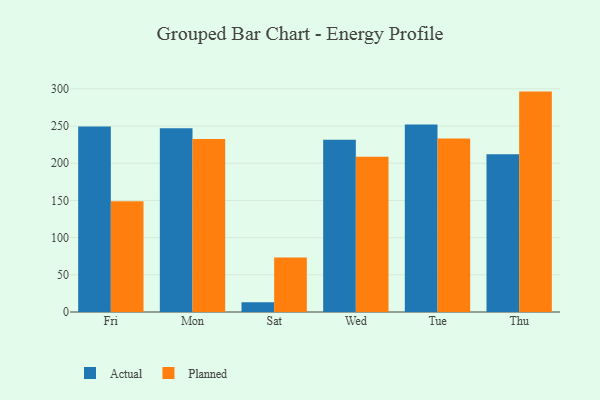
{"axis": {"x": "Day", "y": "Market Share (%)"}, "legend": ["Actual", "Planned"], "data": [{"x": "Fri", "y": 249.3, "type": "Actual"}, {"x": "Fri", "y": 148.9, "type": "Planned"}, {"x": "Mon", "y": 247.2, "type": "Actual"}, {"x": "Mon", "y": 232.5, "type": "Planned"}, {"x": "Sat", "y": 13.1, "type": "Actual"}, {"x": "Sat", "y": 73.4, "type": "Planned"}, {"x": "Wed", "y": 231.5, "type": "Actual"}, {"x": "Wed", "y": 208.7, "type": "Planned"}, {"x": "Tue", "y": 252.3, "type": "Actual"}, {"x": "Tue", "y": 233.4, "type": "Planned"}, {"x": "Thu", "y": 212.3, "type": "Actual"}, {"x": "Thu", "y": 296.4, "type": "Planned"}]}